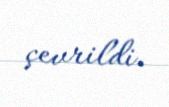
çevrildi.